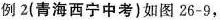
例2(青海西宁中考)如图26-9，